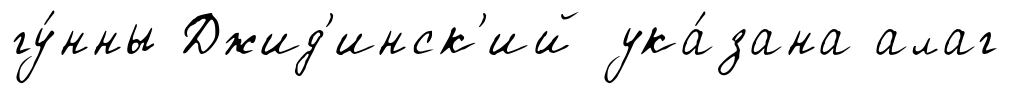
гу́нны Джид'инск'ий ука́зана алаг